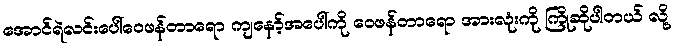
အောင်ရဲလင်းပေါ်ဝေဖန်တာရော ကျနော့်အပေါ်ကို ဝေဖန်တာရော အားလုံးကို ကြိုဆိုပါတယ် လို့